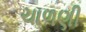
ચાળણી